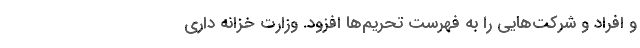
و افراد و شرکت‌هایی را به فهرست تحریم‌ها افزود. وزارت خزانه داری